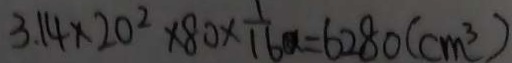
3 . 1 4 \times 2 0 ^ { 2 } \times 8 0 \times \frac { 1 } { 1 6 } a = 6 2 8 0 ( c m ^ { 3 } )